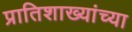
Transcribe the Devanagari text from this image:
प्रातिशाख्यांच्या